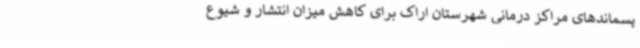
پسماندهای مراکز درمانی شهرستان اراک برای کاهش میزان انتشار و شیوع